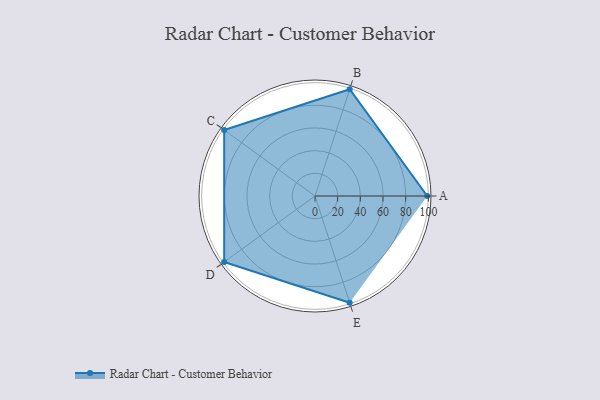
{"axis": {"x": "Skill", "y": "Score"}, "legend": ["Profile"], "data": [{"x": "A", "y": 99, "type": "Profile"}, {"x": "B", "y": 99, "type": "Profile"}, {"x": "C", "y": 99, "type": "Profile"}, {"x": "D", "y": 99, "type": "Profile"}, {"x": "E", "y": 99, "type": "Profile"}]}